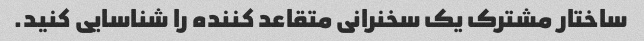
ساختار مشترک یک سخنرانی متقاعد کننده را شناسایی کنید.